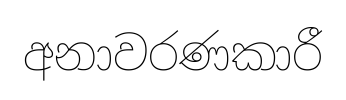
අනාවරණකාරී